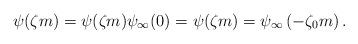
LaTeX: \begin{align*}\psi(\zeta m) = \psi_{}(\zeta_{}m) \psi_{\infty}(0) = \psi_{}(\zeta_{}m) = \psi_{\infty}\left(-\zeta_0 m\right). \end{align*}